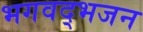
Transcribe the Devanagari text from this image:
भगवद्भजन